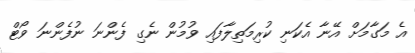
އެ މަގާމަށް އޭނާ އެކަނި ކުރިމަތިލާފައި ވުމުން ނެގި ފެންނަ ނުފެންނަ ވޯޓް